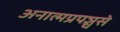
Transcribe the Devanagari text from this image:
अनात्मप्रपञ्चसे